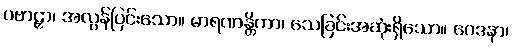
ပဗာဠှာ၊ အလွန်ပြင်းသော။ မာရဏန္တိကာ၊ သေခြင်းအဆုံးရှိသော။ ဝေဒနာ၊